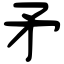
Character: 矛